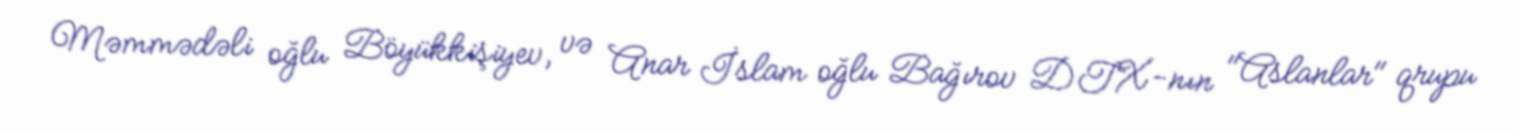
Məmmədəli oğlu Böyükkişiyev, və Anar İslam oğlu Bağırov DTX-nın "Aslanlar" qrupu